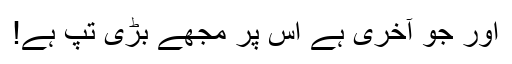
اور جو آخری ہے اس پر مجھے بڑی تپ ہے!